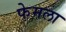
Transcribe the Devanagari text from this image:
फेमला